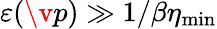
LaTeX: {\varepsilon(\v{p})\gg 1/\beta\eta_{\mathrm{min}}}